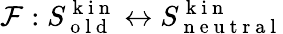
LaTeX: \mathcal{F}:S_{\mathrm{~o~l~d~}}^{\mathrm{~k~i~n~}}\leftrightarrow S_{\mathrm{~n~e~u~t~r~a~l~}}^{\mathrm{~k~i~n~}}